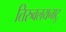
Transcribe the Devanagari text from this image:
तिरुवलयनाटु